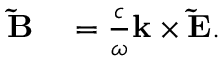
\begin{array} { r l } { \mathbf { \tilde { B } } } & { { } = \frac { c } { \omega } \mathbf { k } \times \mathbf { \tilde { E } } . } \end{array}